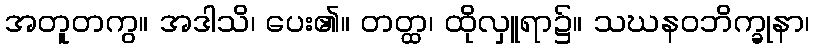
အတူတကွ။ အဒါသိ၊ ပေး၏။ တတ္ထ၊ ထိုလှူရာ၌။ သဃနဝဘိက္ခုနာ၊